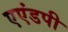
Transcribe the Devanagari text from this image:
एएंडपी